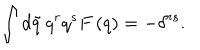
\int d \tilde { q } \, q ^ { r } q ^ { s } F \left( q \right) = - \delta ^ { r s } .